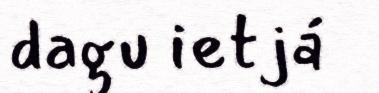
dagu ietjá